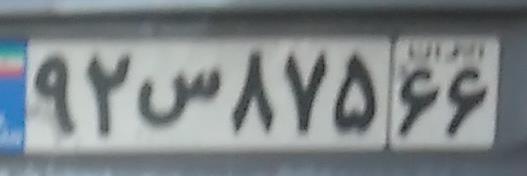
۹۲س۸۷۵۶۶